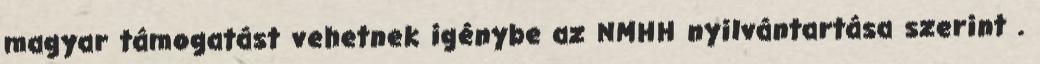
magyar támogatást vehetnek igénybe az NMHH nyilvántartása szerint .